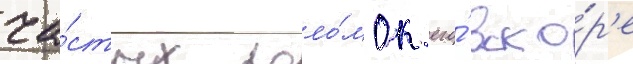
ча́стых поло́мок его́ вско́р'е